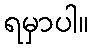
ရမှာပါ။